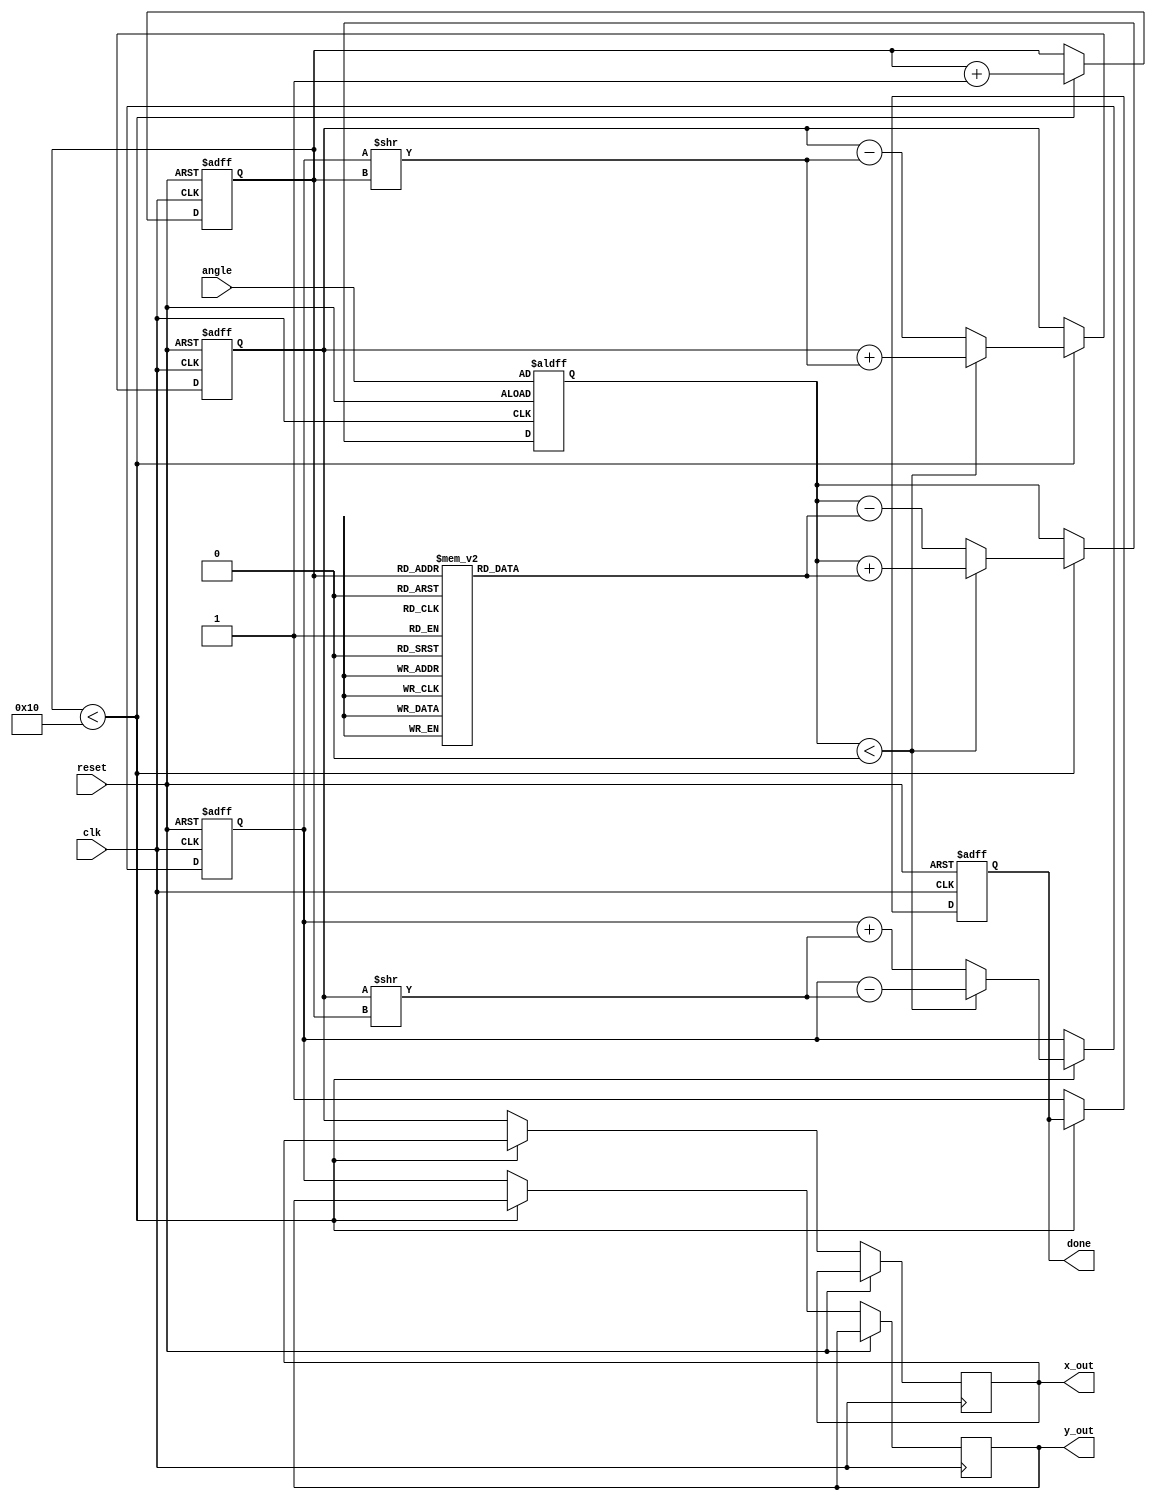
module cordic(
    input wire clk,
    input wire reset,
    input wire [15:0] angle, // Input angle in fixed-point format
    output reg [15:0] x_out,  // Output x (cosine)
    output reg [15:0] y_out,  // Output y (sine)
    output reg done           // Signal to indicate completion
);

    // CORDIC parameters
    parameter NUM_ITERATIONS = 16; // Number of iterations
    parameter FIXED_POINT_SCALE = 16'h4000; // Scaling factor (2^14)

    // Angle lookup table (arctan(1/2^i))
    reg [15:0] atan_table [0:NUM_ITERATIONS-1];
    initial begin
        atan_table[0] = 16'h2000; // atan(1) = 45 degrees
        atan_table[1] = 16'h1000; // atan(0.5) = 26.565 degrees
        atan_table[2] = 16'h0800; // atan(0.25) = 14.036 degrees
        atan_table[3] = 16'h0400; // atan(0.125) = 7.125 degrees
        atan_table[4] = 16'h0200; // atan(0.0625) = 3.125 degrees
        atan_table[5] = 16'h0100; // atan(0.03125) = 1.563 degrees
        atan_table[6] = 16'h0080; // atan(0.015625) = 0.781 degrees
        atan_table[7] = 16'h0040; // atan(0.0078125) = 0.390 degrees
        atan_table[8] = 16'h0020; // atan(0.00390625) = 0.195 degrees
        atan_table[9] = 16'h0010; // atan(0.001953125) = 0.098 degrees
        atan_table[10] = 16'h0008; // atan(0.0009765625) = 0.049 degrees
        atan_table[11] = 16'h0004; // atan(0.00048828125) = 0.024 degrees
        atan_table[12] = 16'h0002; // atan(0.000244140625) = 0.012 degrees
        atan_table[13] = 16'h0001; // atan(0.0001220703125) = 0.006 degrees
        atan_table[14] = 16'h0000; // atan(0) = 0 degrees
        atan_table[15] = 16'h0000; // atan(0) = 0 degrees
    end

    // Internal registers
    reg [15:0] x, y, z; // x, y coordinates and accumulated angle
    reg [3:0] i; // iteration counter

    // State machine for CORDIC computation
    always @(posedge clk or posedge reset) begin
        if (reset) begin
            x <= FIXED_POINT_SCALE; // Initial x = 1.0
            y <= 16'h0000;          // Initial y = 0.0
            z <= angle;            // Load input angle
            i <= 0;                // Reset iteration counter
            done <= 0;             // Not done
        end else if (i < NUM_ITERATIONS) begin
            // Determine the direction of rotation
            if (z < 0) begin
                // Rotate clockwise
                x <= x + (y >> i);
                y <= y - (x >> i);
                z <= z + atan_table[i];
            end else begin
                // Rotate counterclockwise
                x <= x - (y >> i);
                y <= y + (x >> i);
                z <= z - atan_table[i];
            end
            i <= i + 1; // Increment iteration counter
        end else begin
            // Finished computation
            x_out <= x; // Final x (cosine)
            y_out <= y; // Final y (sine)
            done <= 1;  // Indicate completion
        end
    end

endmodule